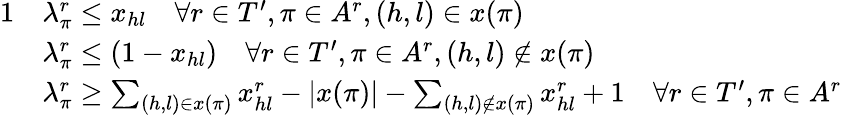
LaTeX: \begin{array}{rl}{{1}}&{\lambda_{\pi}^{r}\leq x_{hl}\quad\forall r\in T^{\prime},\pi\in A^{r},(h,l)\in x(\pi)}\\ &{\lambda_{\pi}^{r}\leq(1-x_{hl})\quad\forall r\in T^{\prime},\pi\in A^{r},(h,l)\notin x(\pi)}\\ &{\lambda_{\pi}^{r}\geq\sum_{(h,l)\in x(\pi)}x_{hl}^{r}-|x(\pi)|-\sum_{(h,l)\notin x(\pi)}x_{hl}^{r}+1\quad\forall r\in T^{\prime},\pi\in A^{r}}\end{array}